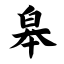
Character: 皋